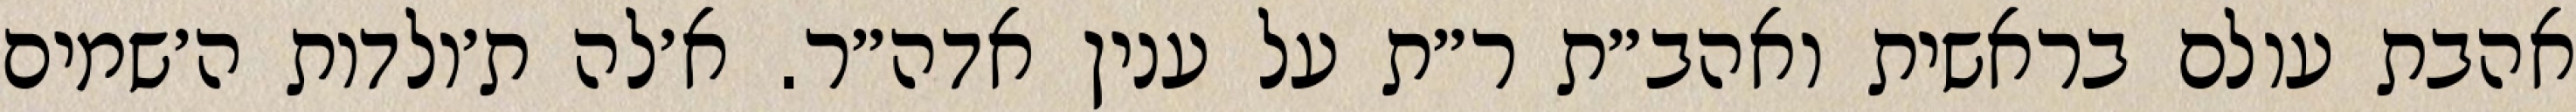
אהבת עולם בראשית ואהב״ת ר״ת על ענין אדה״ר. א׳לה ת׳ולדות ה׳שמים